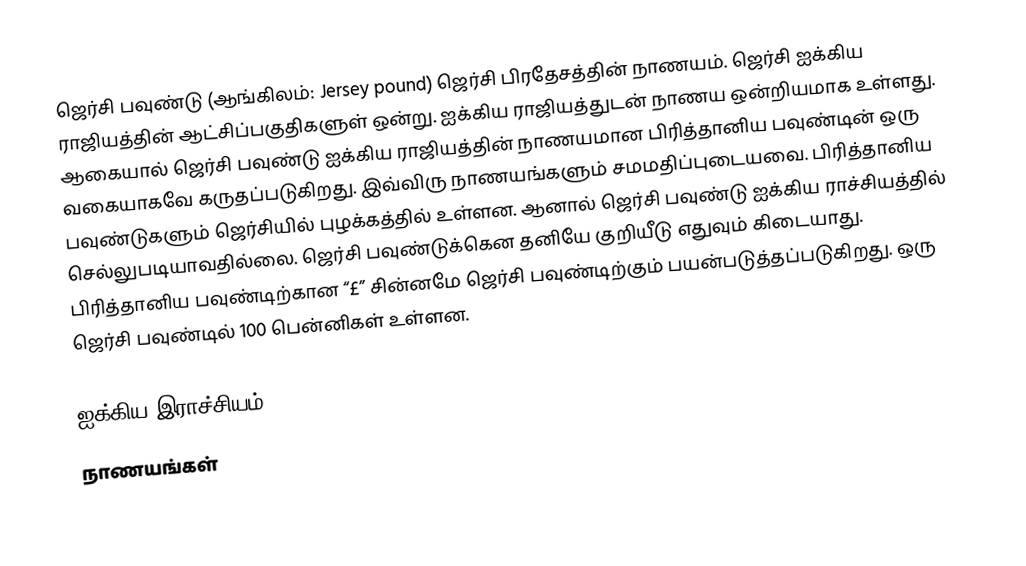
ஜெர்சி பவுண்டு (ஆங்கிலம்: Jersey pound)  ஜெர்சி பிரதேசத்தின் நாணயம். ஜெர்சி ஐக்கிய ராஜியத்தின் ஆட்சிப்பகுதிகளுள் ஒன்று. ஐக்கிய ராஜியத்துடன் நாணய ஒன்றியமாக உள்ளது. ஆகையால் ஜெர்சி பவுண்டு ஐக்கிய ராஜியத்தின் நாணயமான பிரித்தானிய பவுண்டின் ஒரு வகையாகவே கருதப்படுகிறது. இவ்விரு நாணயங்களும் சமமதிப்புடையவை. பிரித்தானிய பவுண்டுகளும் ஜெர்சியில் புழக்கத்தில் உள்ளன. ஆனால் ஜெர்சி பவுண்டு ஐக்கிய ராச்சியத்தில் செல்லுபடியாவதில்லை. ஜெர்சி பவுண்டுக்கென தனியே குறியீடு எதுவும் கிடையாது. பிரித்தானிய பவுண்டிற்கான “£” சின்னமே ஜெர்சி பவுண்டிற்கும் பயன்படுத்தப்படுகிறது. ஒரு ஜெர்சி பவுண்டில் 100 பென்னிகள் உள்ளன.

ஐக்கிய இராச்சியம்
நாணயங்கள்